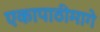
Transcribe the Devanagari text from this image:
एकापाठीमागे